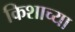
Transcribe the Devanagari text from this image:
किशाच्या